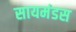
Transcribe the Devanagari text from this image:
सायमंडस